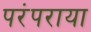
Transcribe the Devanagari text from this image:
परंपराया